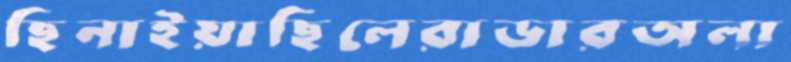
ছিনাইয়াছিলেরাডারঅলা